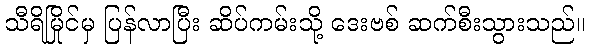
သီရိမြိုင်မှ ပြန်လာပြီး ဆိပ်ကမ်းသို့ ဒေးဗစ် ဆက်စီးသွားသည်။